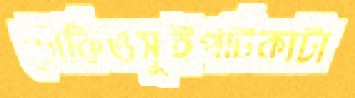
টোকিওসুইপটিকাটা